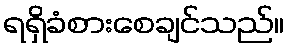
ရရှိခံစားစေချင်သည်။